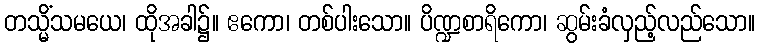
တသ္မိံသမယေ၊ ထိုအခါ၌။ ဧကော၊ တစ်ပါးသော။ ပိဏ္ဍစာရိကော၊ ဆွမ်းခံလှည့်လည်သော။